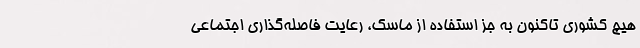
هیچ کشوری تاکنون به جز استفاده از ماسک، رعایت فاصله‌گذاری اجتماعی